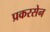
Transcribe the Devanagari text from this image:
प्रकरसेन